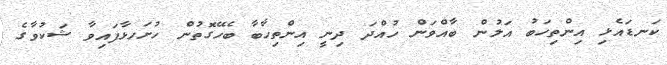
ކަނޑައެޅި އިންތިހަބު އަލުން ބާއްވަން ހުއްދަ ދިނީ އިންތިހާބާ ބެހޭގޮތުން ހުށަހޅާފައިވާ ޝަކުވާގެ